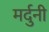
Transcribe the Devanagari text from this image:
मर्दुनी